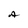
Character: A